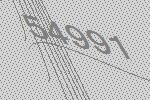
54991